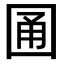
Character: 𡇮